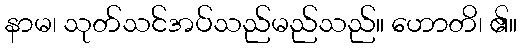
နာမ၊ သုတ်သင်အပ်သည်မည်သည်။ ဟောတိ၊ ၏။